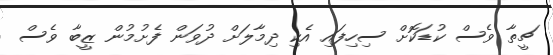
ޗީތާ ވެސް ކުޑަކޮށް ސިހިފައި އެކި ދިމާލަށް ދުވަން ފެށުމުން ޒީބާ ވެސް